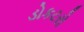
ડોકટરો